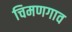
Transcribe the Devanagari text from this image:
चिमणगाव